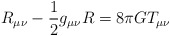
\begin{align*}R_{\mu\nu} - \frac{1}{2}g_{\mu\nu}R = 8 \pi GT_{\mu\nu}\end{align*}